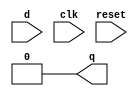
module d_flip_flop(q,d,clk,reset);
    output reg q=1'b0;
    input reset;
    always@(reset) begin
        q=0;
    end
    input d,clk;
        always @(posedge clk) begin
            q=d;
        end
endmodule